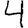
Digit: 4